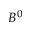
B ^ { 0 }